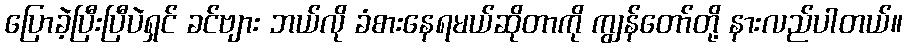
ပြောခဲ့ပြီးပြီပဲရှင် ခင်ဗျား ဘယ်လို ခံစားနေရမယ်ဆိုတာကို ကျွန်တော်တို့ နားလည်ပါတယ်။